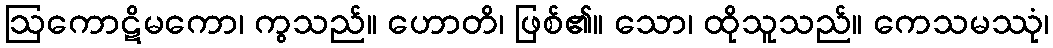
ဩကောဋိမကော၊ ကွသည်။ ဟောတိ၊ ဖြစ်၏။ သော၊ ထိုသူသည်။ ကေသမဿုံ၊